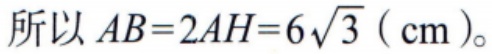
所以 \(AB = 2AH = 6\sqrt{3}\)（\(cm\)）。